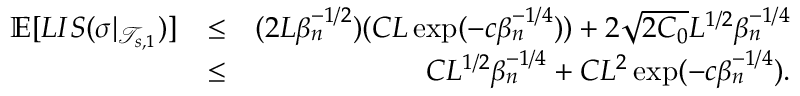
\begin{array} { r l r } { \mathbb { E } [ L I S ( \sigma | _ { \mathcal { T } _ { s , 1 } } ) ] } & { \leq } & { ( 2 L \beta _ { n } ^ { - 1 \slash 2 } ) ( C L \exp ( - c \beta _ { n } ^ { - 1 \slash 4 } ) ) + 2 \sqrt { 2 C _ { 0 } } L ^ { 1 \slash 2 } \beta _ { n } ^ { - 1 \slash 4 } } \\ & { \leq } & { C L ^ { 1 \slash 2 } \beta _ { n } ^ { - 1 \slash 4 } + C L ^ { 2 } \exp ( - c \beta _ { n } ^ { - 1 \slash 4 } ) . } \end{array}